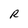
Character: R